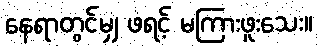
နေရာတွင်မျှ ဖရင့် မကြားဖူးသေး။